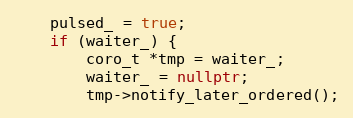
Language: C++
    pulsed_ = true;
    if (waiter_) {
        coro_t *tmp = waiter_;
        waiter_ = nullptr;
        tmp->notify_later_ordered();